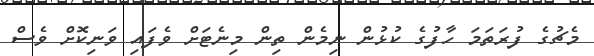
މެޗުގެ ފުރަތަމަ ހާފުގެ ކުޅުން ނިމެން ތިން މިނެޓަށް ވެފައި ވަނިކޮށް ވެސް